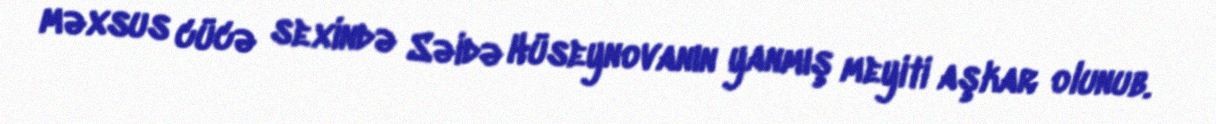
məxsus cücə sexində Səidə Hüseynovanın yanmış meyiti aşkar olunub.